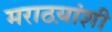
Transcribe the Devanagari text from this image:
मराठय़ांशी